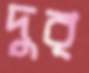
দুর্